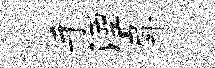
手湮戽